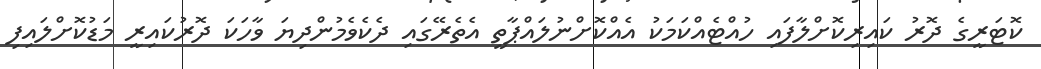
ކޮޓަރީގެ ދޮރު ކައިރިކޮށްލާފައި ހުއްޓެއްކަމަކު އެއްކޮށްނުލައްޕާތީ އެތެރޭގައި ދެކެވެމުންދިޔަ ވާހަކަ ދޮރުކައިރީ މަޑުކޮށްލައިފި